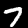
Label: 7